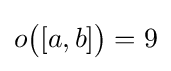
o{\bigl (}[a,b]{\bigr )}=9